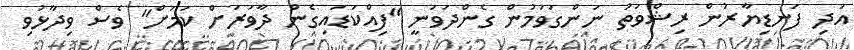
އަދި ފަނޑިޔާރުން ރިޝްވަތު ނަންގަވަމުން ގެންދަވަނީ "ފިއްކަޑައިގެން ދާވަރަށް ކަމަށް" ވެސް ވިދާޅުވި